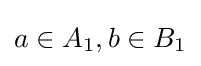
a\in A_{1},b\in B_{1}